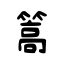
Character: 篙